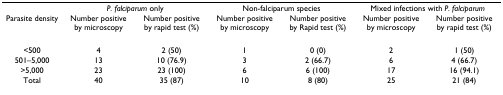
|  | <COLSPAN=2> P. falciparum only | <COLSPAN=2> Non-falciparum species | <COLSPAN=2> Mixed infections with P. falciparum |
 | Parasite density | Number positive by microscopy | Number positive by rapid test (%) | Number positive by microscopy | Number positive by Rapid test (%) | Number positive by microscopy | Number positive by rapid test (%) |
 | --- | --- | --- | --- | --- | --- | --- |
 | <500 | 4 | 2 (50) | 1 | 0 (0) | 2 | 1 (50) |
 | 501–5,000 | 13 | 10 (76.9) | 3 | 2 (66.7) | 6 | 4 (66.7) |
 | >5,000 | 23 | 23 (100) | 6 | 6 (100) | 17 | 16 (94.1) |
 | Total | 40 | 35 (87) | 10 | 8 (80) | 25 | 21 (84) |